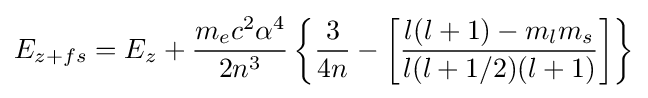
E_{z+fs}=E_{z}+{\frac {m_{e}c^{2}\alpha ^{4}}{2n^{3}}}\left\{{\frac {3}{4n}}-\left[{\frac {l(l+1)-m_{l}m_{s}}{l(l+1/2)(l+1)}}\right]\right\}